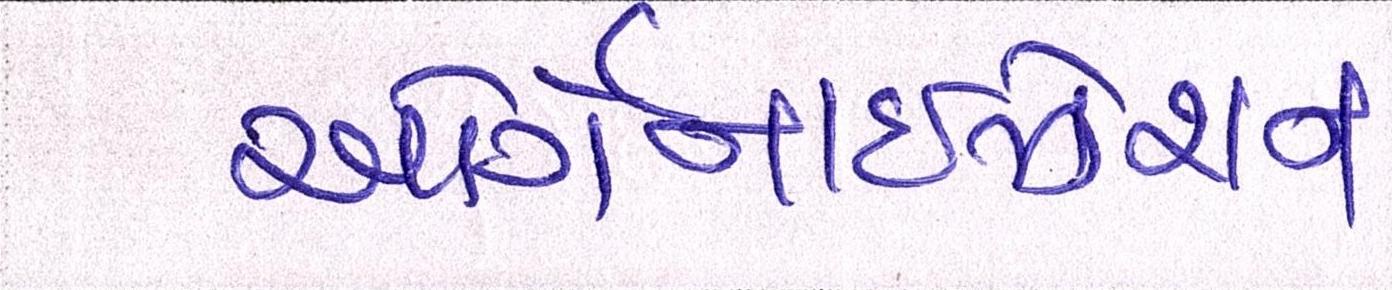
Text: ઓર્ગેનાઈઝેશન